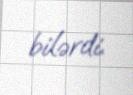
bilərdi.